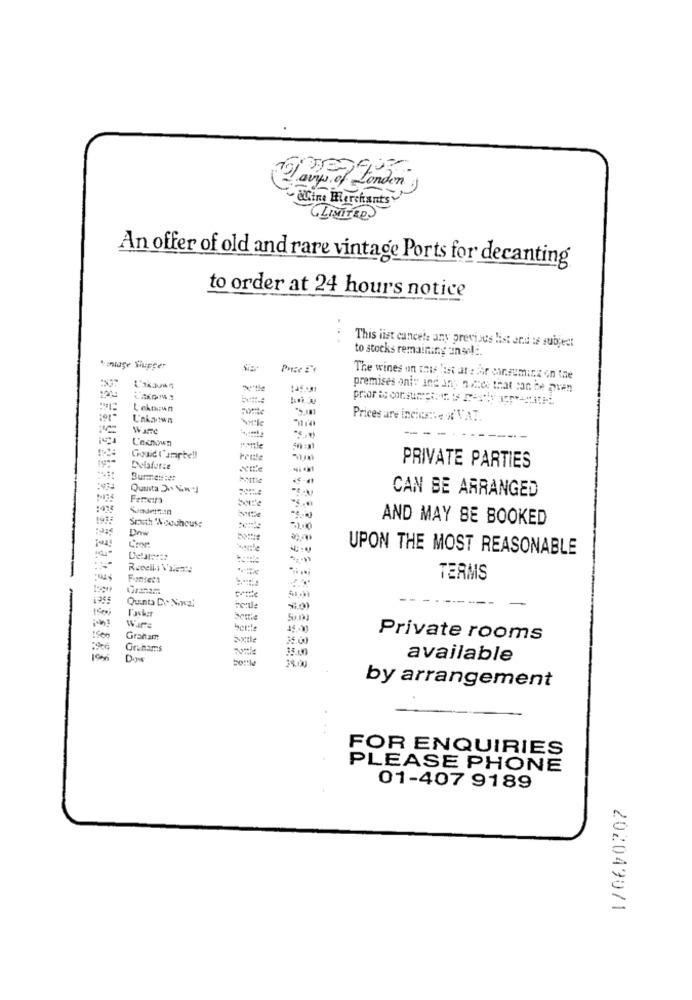
avip of London
Wine Herchants
LIMITER
An offer of old and rare vintage Ports for decanting
to order at 24 hours notice
.-
This list cancele any previous list and : subject
to stocks remaining un sol :.
*anlage Supper
Price E't
The wines on this list at: bir consuming on the
premises onie ind an; notice that can be men
Unknown
Prices are incics ::. XVAT.
Ware
----.
U'nknown
mantle
50 :00
Goud l'umpbell
route
Dlaforse
PRIVATE PARTIES
Bummelt:#:
Quinta 2001
CAN BE ARRANGED
Fereira
Smith 'Woodhouse
AND MAY BE BOOKED
Drw
UPON THE MOST REASONABLE
TERMS
Quinta Do. Nonvai
--
l'asker
seule
Graham
35.00
Private rooms
Grahams
available
by arrangement
FOR ENQUIRIES
PLEASE PHONE
01-407 9189
202049071